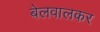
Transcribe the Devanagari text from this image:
बेलवालकर